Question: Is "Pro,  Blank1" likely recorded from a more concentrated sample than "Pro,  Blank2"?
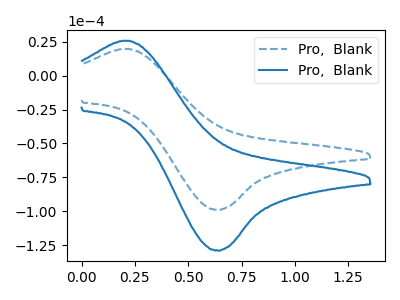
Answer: <think>The blue dashed curve "Pro,  Blank1" has an anodic peak at (0.20V, 19.80uA) and a cathodic peak at (0.65V, -98.90uA). The blue curve "Pro,  Blank2" has an anodic peak at (0.20V, 25.80uA) and a cathodic peak at (0.65V, -128.95uA).
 All the peaks in "Pro,  Blank1" have a peak in "Pro,  Blank2" at the same potential. Every peak in "Pro,  Blank1" is lower than every peak in "Pro,  Blank2".</think>
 <answer>"Pro,  Blank1" has less signal than "Pro,  Blank2".</answer>
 <eval>less_signal</eval>